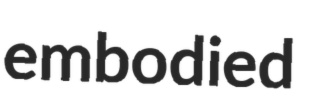
embodied